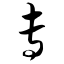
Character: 专